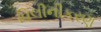
વિલીનીકરણ